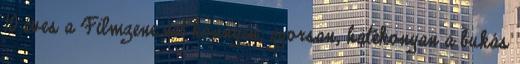
10 éves a Filmzene.net könnyen, gyorsan, hatékonyan a bukás